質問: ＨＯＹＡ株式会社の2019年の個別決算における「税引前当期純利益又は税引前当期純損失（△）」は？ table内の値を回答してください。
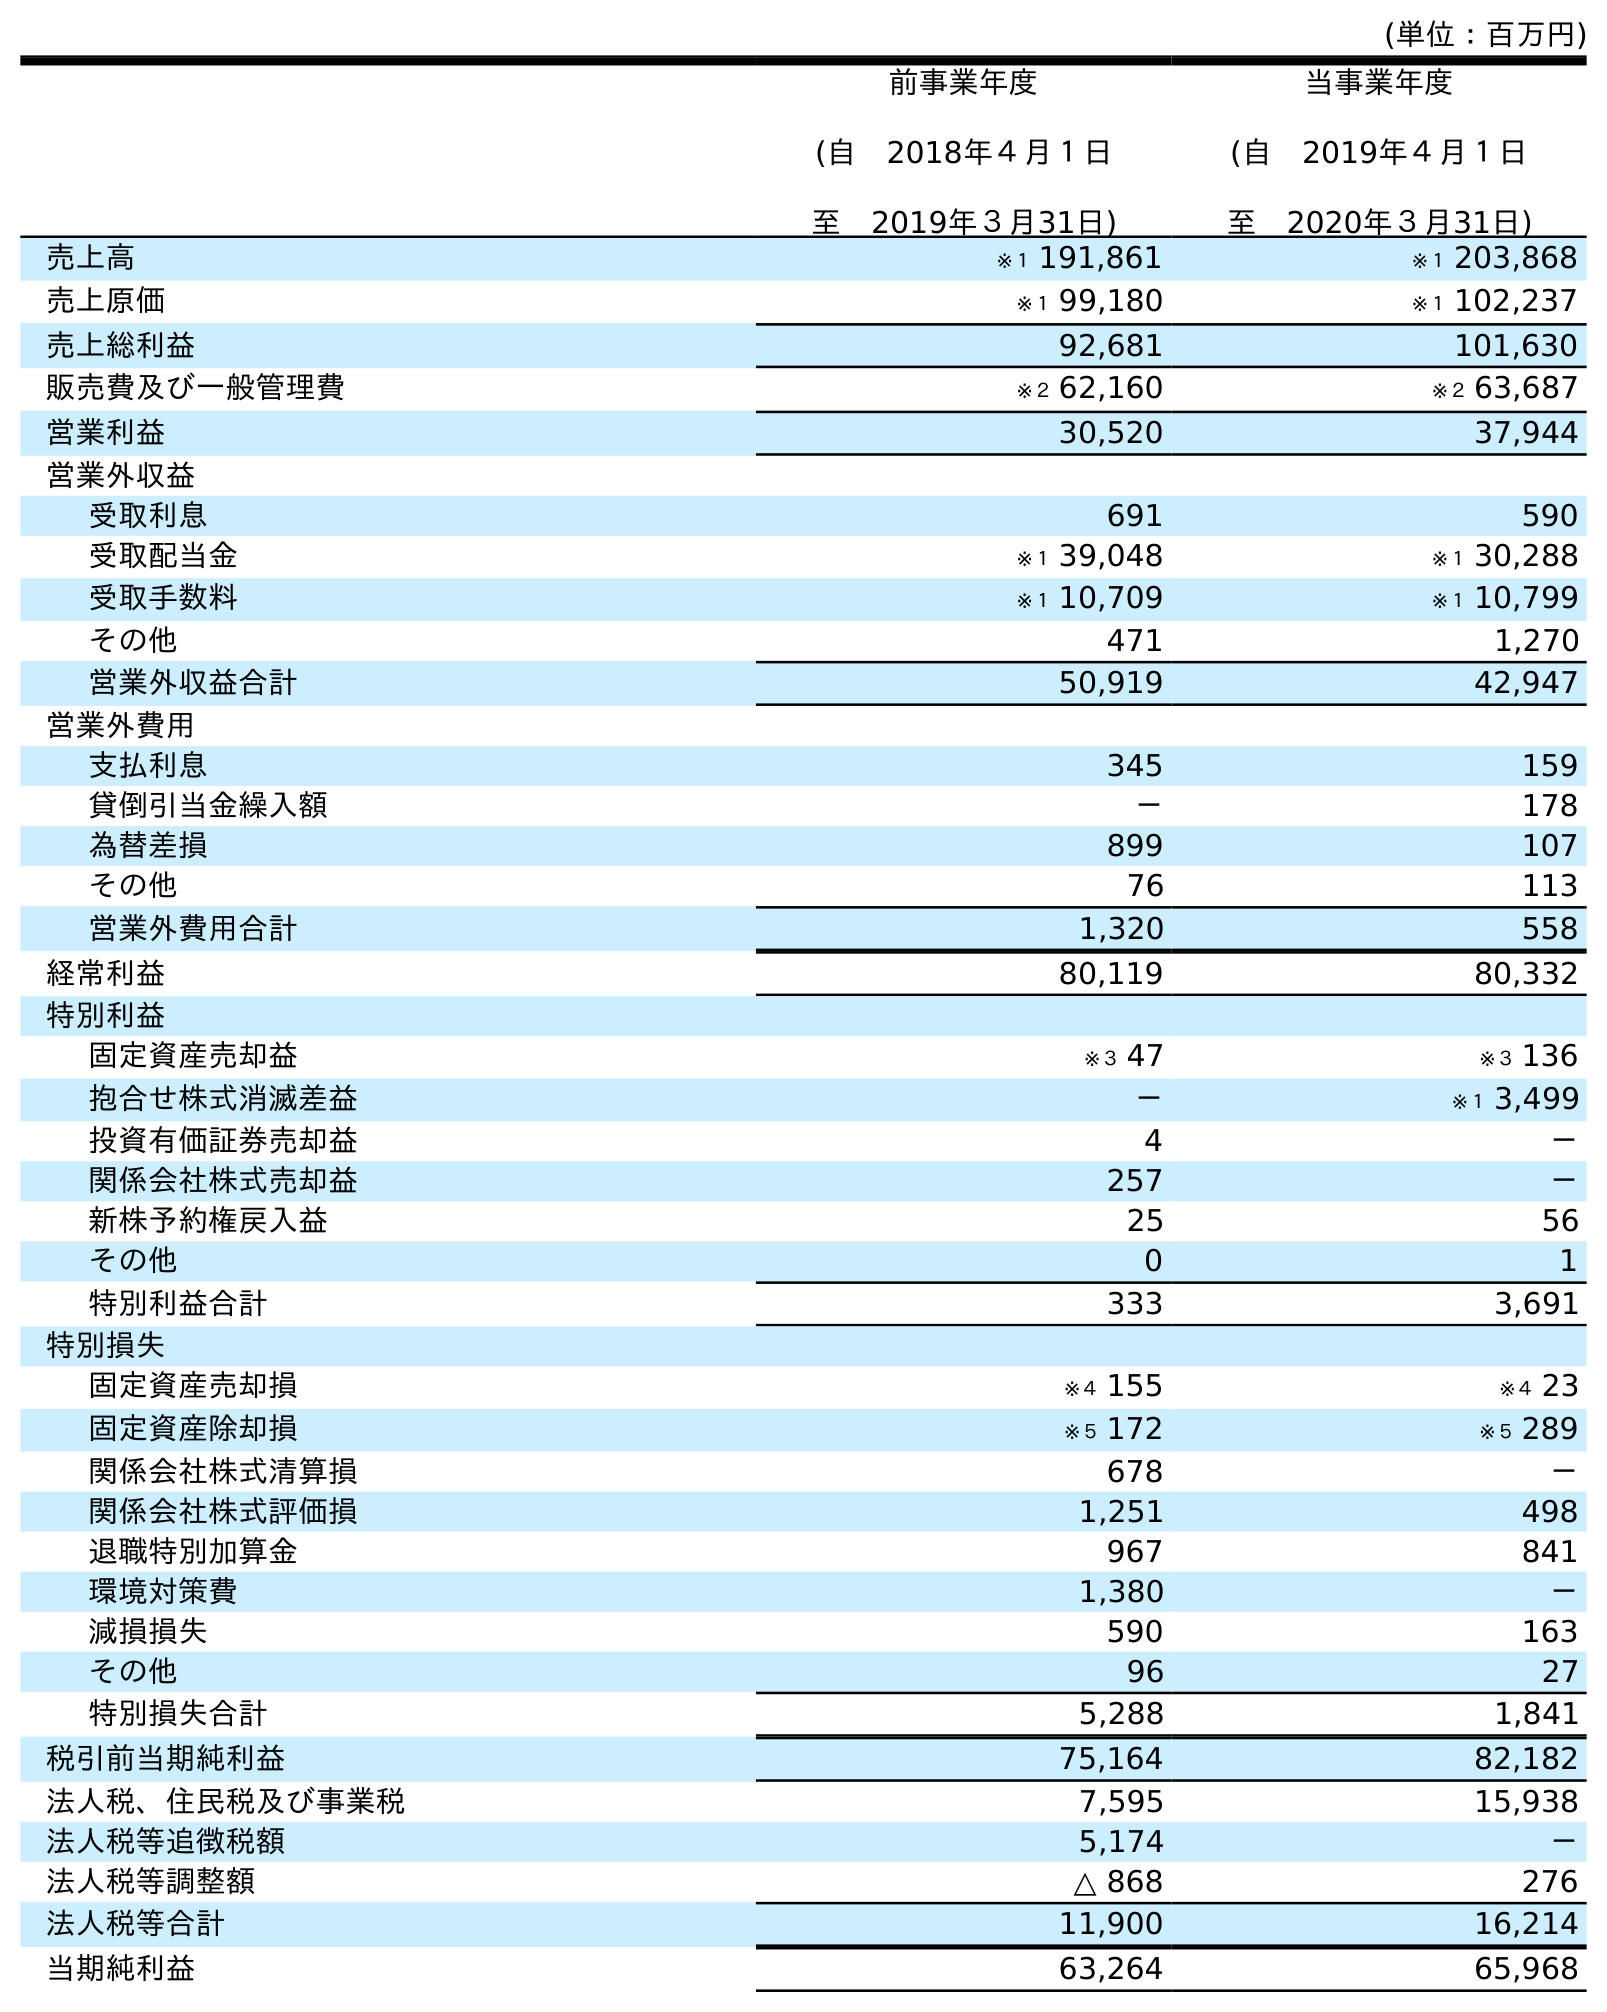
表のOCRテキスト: (単位：百万円) 前事業年度 (自 2018年４月１日 至 2019年３月31日) 当事業年度 (自 2019年４月１日 至 2020年３月31日) 売上高 ※１ 191,861 ※１ 203,868 売上原価 ※１ 99,180 ※１ 102,237 売上総利益 92,681 101,630 販売費及び一般管理費 ※２ 62,160 ※２ 63,687 営業利益 30,520 37,944 営業外収益 受取利息 691 590 受取配当金 ※１ 39,048 ※１ 30,288 受取手数料 ※１ 10,709 ※１ 10,799 その他 471 1,270 営業外収益合計 50,919 42,947 営業外費用 支払利息 345 159 貸倒引当金繰入額 － 178 為替差損 899 107 その他 76 113 営業外費用合計 1,320 558 経常利益 80,119 80,332 特別利益 固定資産売却益 ※３ 47 ※３ 136 抱合せ株式消滅差益 － ※１ 3,499 投資有価証券売却益 4 － 関係会社株式売却益 257 － 新株予約権戻入益 25 56 その他 0 1 特別利益合計 333 3,691 特別損失 固定資産売却損 ※４ 155 ※４ 23 固定資産除却損 ※５ 172 ※５ 289 関係会社株式清算損 678 － 関係会社株式評価損 1,251 498 退職特別加算金 967 841 環境対策費 1,380 － 減損損失 590 163 その他 96 27 特別損失合計 5,288 1,841 税引前当期純利益 75,164 82,182 法人税、住民税及び事業税 7,595 15,938 法人税等追徴税額 5,174 － 法人税等調整額 △ 868 276 法人税等合計 11,900 16,214 当期純利益 63,264 65,968
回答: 75,164